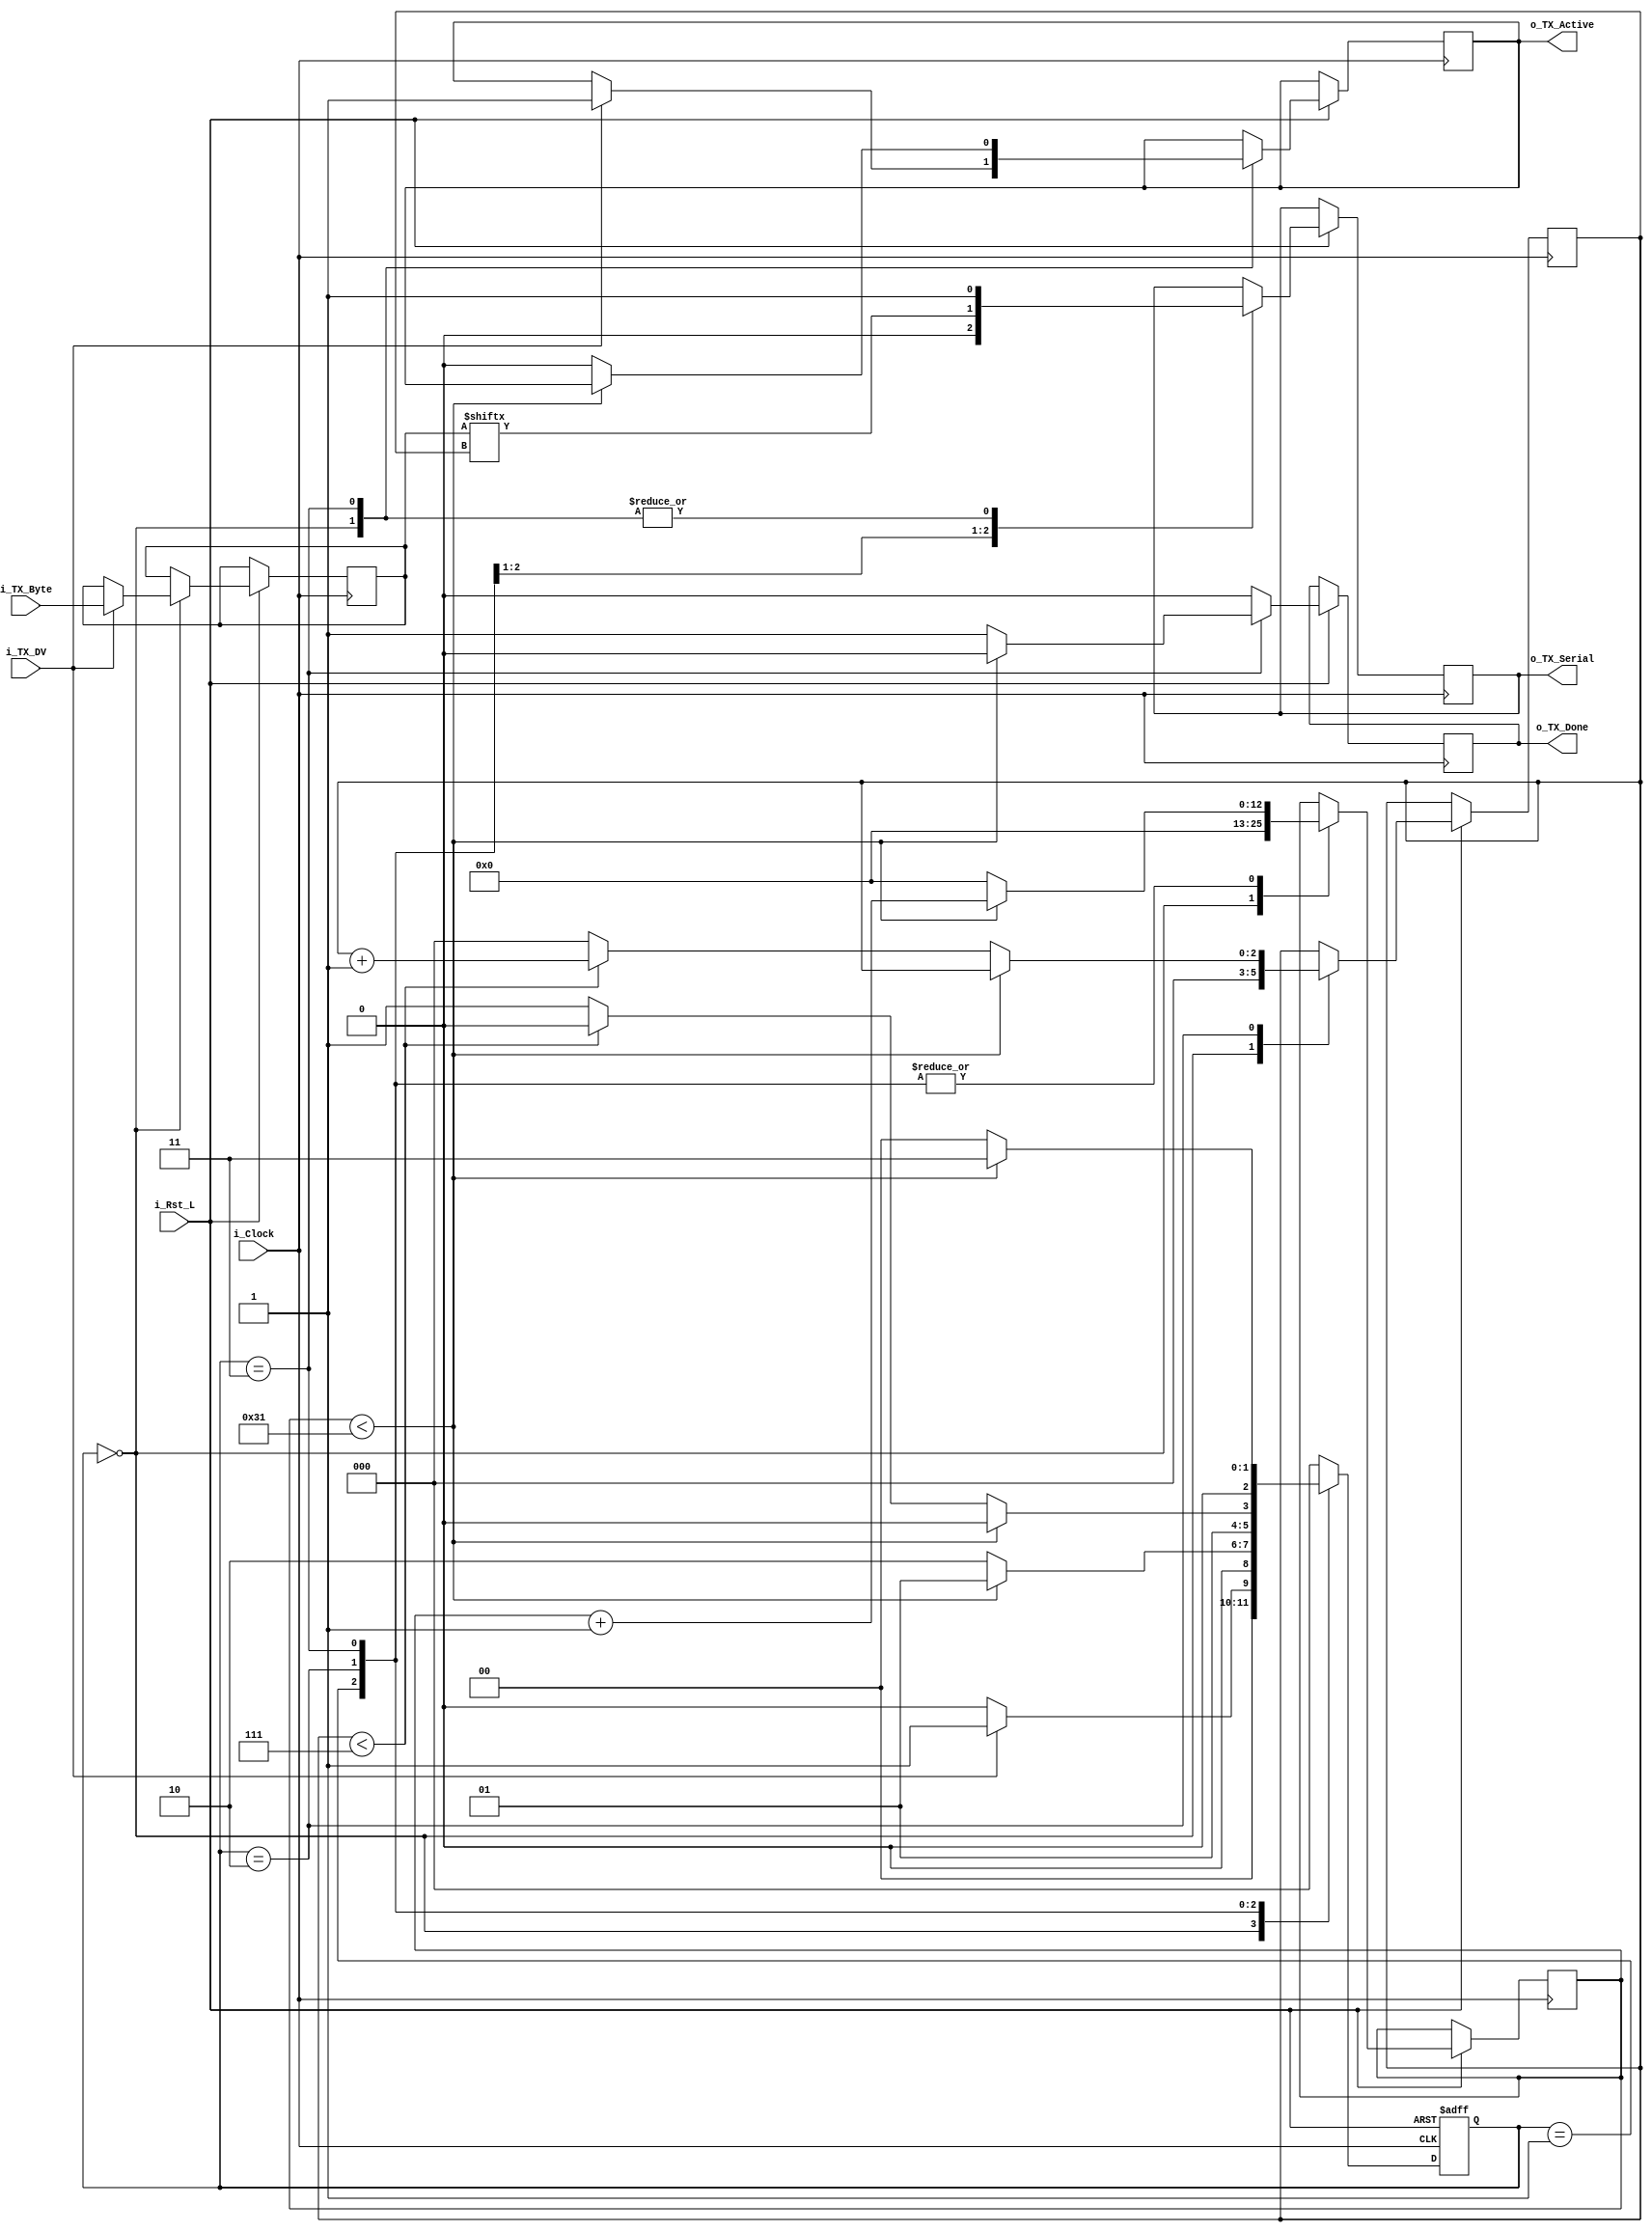
module uart_tx 
  #(parameter CLKS_PER_BIT = 50)
  (
   input       i_Rst_L,
   input       i_Clock,
   input       i_TX_DV,
   input [7:0] i_TX_Byte, 
   output reg  o_TX_Active,
   output reg  o_TX_Serial,
   output reg  o_TX_Done
   );
 
  localparam IDLE         = 2'b00;
  localparam TX_START_BIT = 2'b01;
  localparam TX_DATA_BITS = 2'b10;
  localparam TX_STOP_BIT  = 2'b11;
  
  reg [2:0] r_SM_Main;
  reg [12:0] r_Clock_Count;
  reg [2:0] r_Bit_Index;
  reg [7:0] r_TX_Data;


  // Purpose: Control TX state machine
  always @(posedge i_Clock or negedge i_Rst_L)
  begin
    if (~i_Rst_L)
    begin
      r_SM_Main <= 3'b000;
    end
    else
    begin

      o_TX_Done <= 1'b0;

      case (r_SM_Main)
      IDLE :
        begin
          o_TX_Serial   <= 1'b1;         // Drive Line High for Idle
          r_Clock_Count <= 0;
          r_Bit_Index   <= 0;
          
          if (i_TX_DV == 1'b1)
          begin
            o_TX_Active <= 1'b1;
            r_TX_Data   <= i_TX_Byte;
            r_SM_Main   <= TX_START_BIT;
          end
          else
            r_SM_Main <= IDLE;
        end // case: IDLE
      
      
      // Send out Start Bit. Start bit = 0
      TX_START_BIT :
        begin
          o_TX_Serial <= 1'b0;
          
          // Wait CLKS_PER_BIT-1 clock cycles for start bit to finish
          if (r_Clock_Count < CLKS_PER_BIT-1)
          begin
            r_Clock_Count <= r_Clock_Count + 1'b1;
            r_SM_Main     <= TX_START_BIT;
          end
          else
          begin
            r_Clock_Count <= 0;
            r_SM_Main     <= TX_DATA_BITS;
          end
        end // case: TX_START_BIT
      
      
      // Wait CLKS_PER_BIT-1 clock cycles for data bits to finish         
      TX_DATA_BITS :
        begin
          o_TX_Serial <= r_TX_Data[r_Bit_Index];
          
          if (r_Clock_Count < CLKS_PER_BIT-1)
          begin
            r_Clock_Count <= r_Clock_Count + 1'b1;
            r_SM_Main     <= TX_DATA_BITS;
          end
          else
          begin
            r_Clock_Count <= 0;
            
            // Check if we have sent out all bits
            if (r_Bit_Index < 7)
            begin
              r_Bit_Index <= r_Bit_Index + 1'b1;
              r_SM_Main   <= TX_DATA_BITS;
            end
            else
            begin
              r_Bit_Index <= 0;
              r_SM_Main   <= TX_STOP_BIT;
            end
          end 
        end // case: TX_DATA_BITS
      
      
      // Send out Stop bit.  Stop bit = 1
      TX_STOP_BIT :
        begin
          o_TX_Serial <= 1'b1;
          
          // Wait CLKS_PER_BIT-1 clock cycles for Stop bit to finish
          if (r_Clock_Count < CLKS_PER_BIT-1)
          begin
            r_Clock_Count <= r_Clock_Count + 1'b1;
            r_SM_Main     <= TX_STOP_BIT;
          end
          else
          begin
            o_TX_Done     <= 1'b1;
            r_Clock_Count <= 0;
            r_SM_Main     <= IDLE;
            o_TX_Active   <= 1'b0;
          end 
        end // case: TX_STOP_BIT      
      
      default :
        r_SM_Main <= IDLE;
      
    endcase
    end // else: !if(~i_Rst_L)
  end // always @ (posedge i_Clock or negedge i_Rst_L)

  
endmodule

module uart_rx
		#(parameter CLOCKS_PER_BIT = 5000)
		(
			input 		i_Clock,
			input 		i_RX_Serial,
			output		o_RX_DV,
			output[7:0] o_RX_Byte
		);
		
		parameter IDLE = 3'b000;
		parameter RX_START_BIT = 3'b001;
		parameter RX_DATA_BITS = 3'b010;
		parameter RX_STOP_BIT = 3'b011;
		parameter CLEANUP = 3'b100;
		
		reg[12:0] r_Clock_Count;
		reg[2:0] r_Bit_Index;
		reg[7:0] r_RX_Byte;
		reg r_RX_DV;
		reg[2:0] r_SM_Main;
		
		always @(posedge i_Clock)
		begin
			case (r_SM_Main)
				IDLE:
					begin
						r_RX_DV <= 1'b0;
						r_Clock_Count <= 0;
						r_Bit_Index <= 0;
						
						if (i_RX_Serial == 1'b0)
							r_SM_Main <= RX_START_BIT;
						else
							r_SM_Main <= IDLE;
					end
					
				RX_START_BIT:
					begin
						if (r_Clock_Count == CLOCKS_PER_BIT / 2)
						begin
							if (i_RX_Serial == 1'b0)
							begin
								r_Clock_Count <= 0;
								r_SM_Main <= RX_DATA_BITS;
							end
							else
								r_SM_Main <= IDLE;
						end
						else
						begin
							r_Clock_Count <= r_Clock_Count + 1'b1;
							r_SM_Main <= RX_START_BIT;
						end
					end
					
				RX_DATA_BITS:
					begin
						if(r_Clock_Count < CLOCKS_PER_BIT - 1)
						begin
							r_Clock_Count <= r_Clock_Count + 1'b1;
							r_SM_Main <= RX_DATA_BITS;
						end
						else
						begin
							r_Clock_Count <= 0;
							r_RX_Byte[r_Bit_Index] <= i_RX_Serial;
							
							if (r_Bit_Index < 7)
							begin
								r_Bit_Index <= r_Bit_Index + 1'b1;
								r_SM_Main <= RX_DATA_BITS;
							end
							else
							begin
								r_Bit_Index <= 0;
								r_SM_Main <= RX_STOP_BIT;
							end
						end
					end
					
				RX_STOP_BIT:
					begin
						if(r_Clock_Count < CLOCKS_PER_BIT - 1)
						begin
							r_Clock_Count <= r_Clock_Count + 1'b1;
							r_SM_Main <= RX_STOP_BIT;
						end
						else
						begin
							r_RX_DV <= 1'b1;
							r_Clock_Count <= 0;
							r_SM_Main <= CLEANUP;
						end
					end
				
				CLEANUP:
					begin
						r_SM_Main <= IDLE;
						r_RX_DV <= 1'b0;
					end
					
				default:
					r_SM_Main <= IDLE;
					
			endcase
		end
		
		assign o_RX_Byte = r_RX_Byte;
		assign o_RX_DV = r_RX_DV;
endmodule